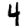
Digit: 4